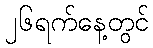
၂၆ရက်နေ့တွင်